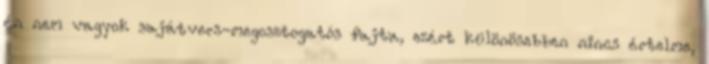
én nem vagyok sajátvers-megosztogatós fajta, ezért különösebben nincs értelme,